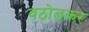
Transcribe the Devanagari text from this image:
वठोडकर